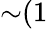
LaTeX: {\sim}(1